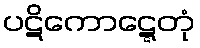
ပဋိကောဋ္ဋေတုံ